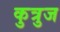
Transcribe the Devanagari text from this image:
कुत्रुज